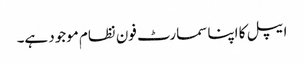
ایپل کا اپنا سمارٹ فون نظام موجود ہے۔